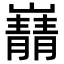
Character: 𫶠